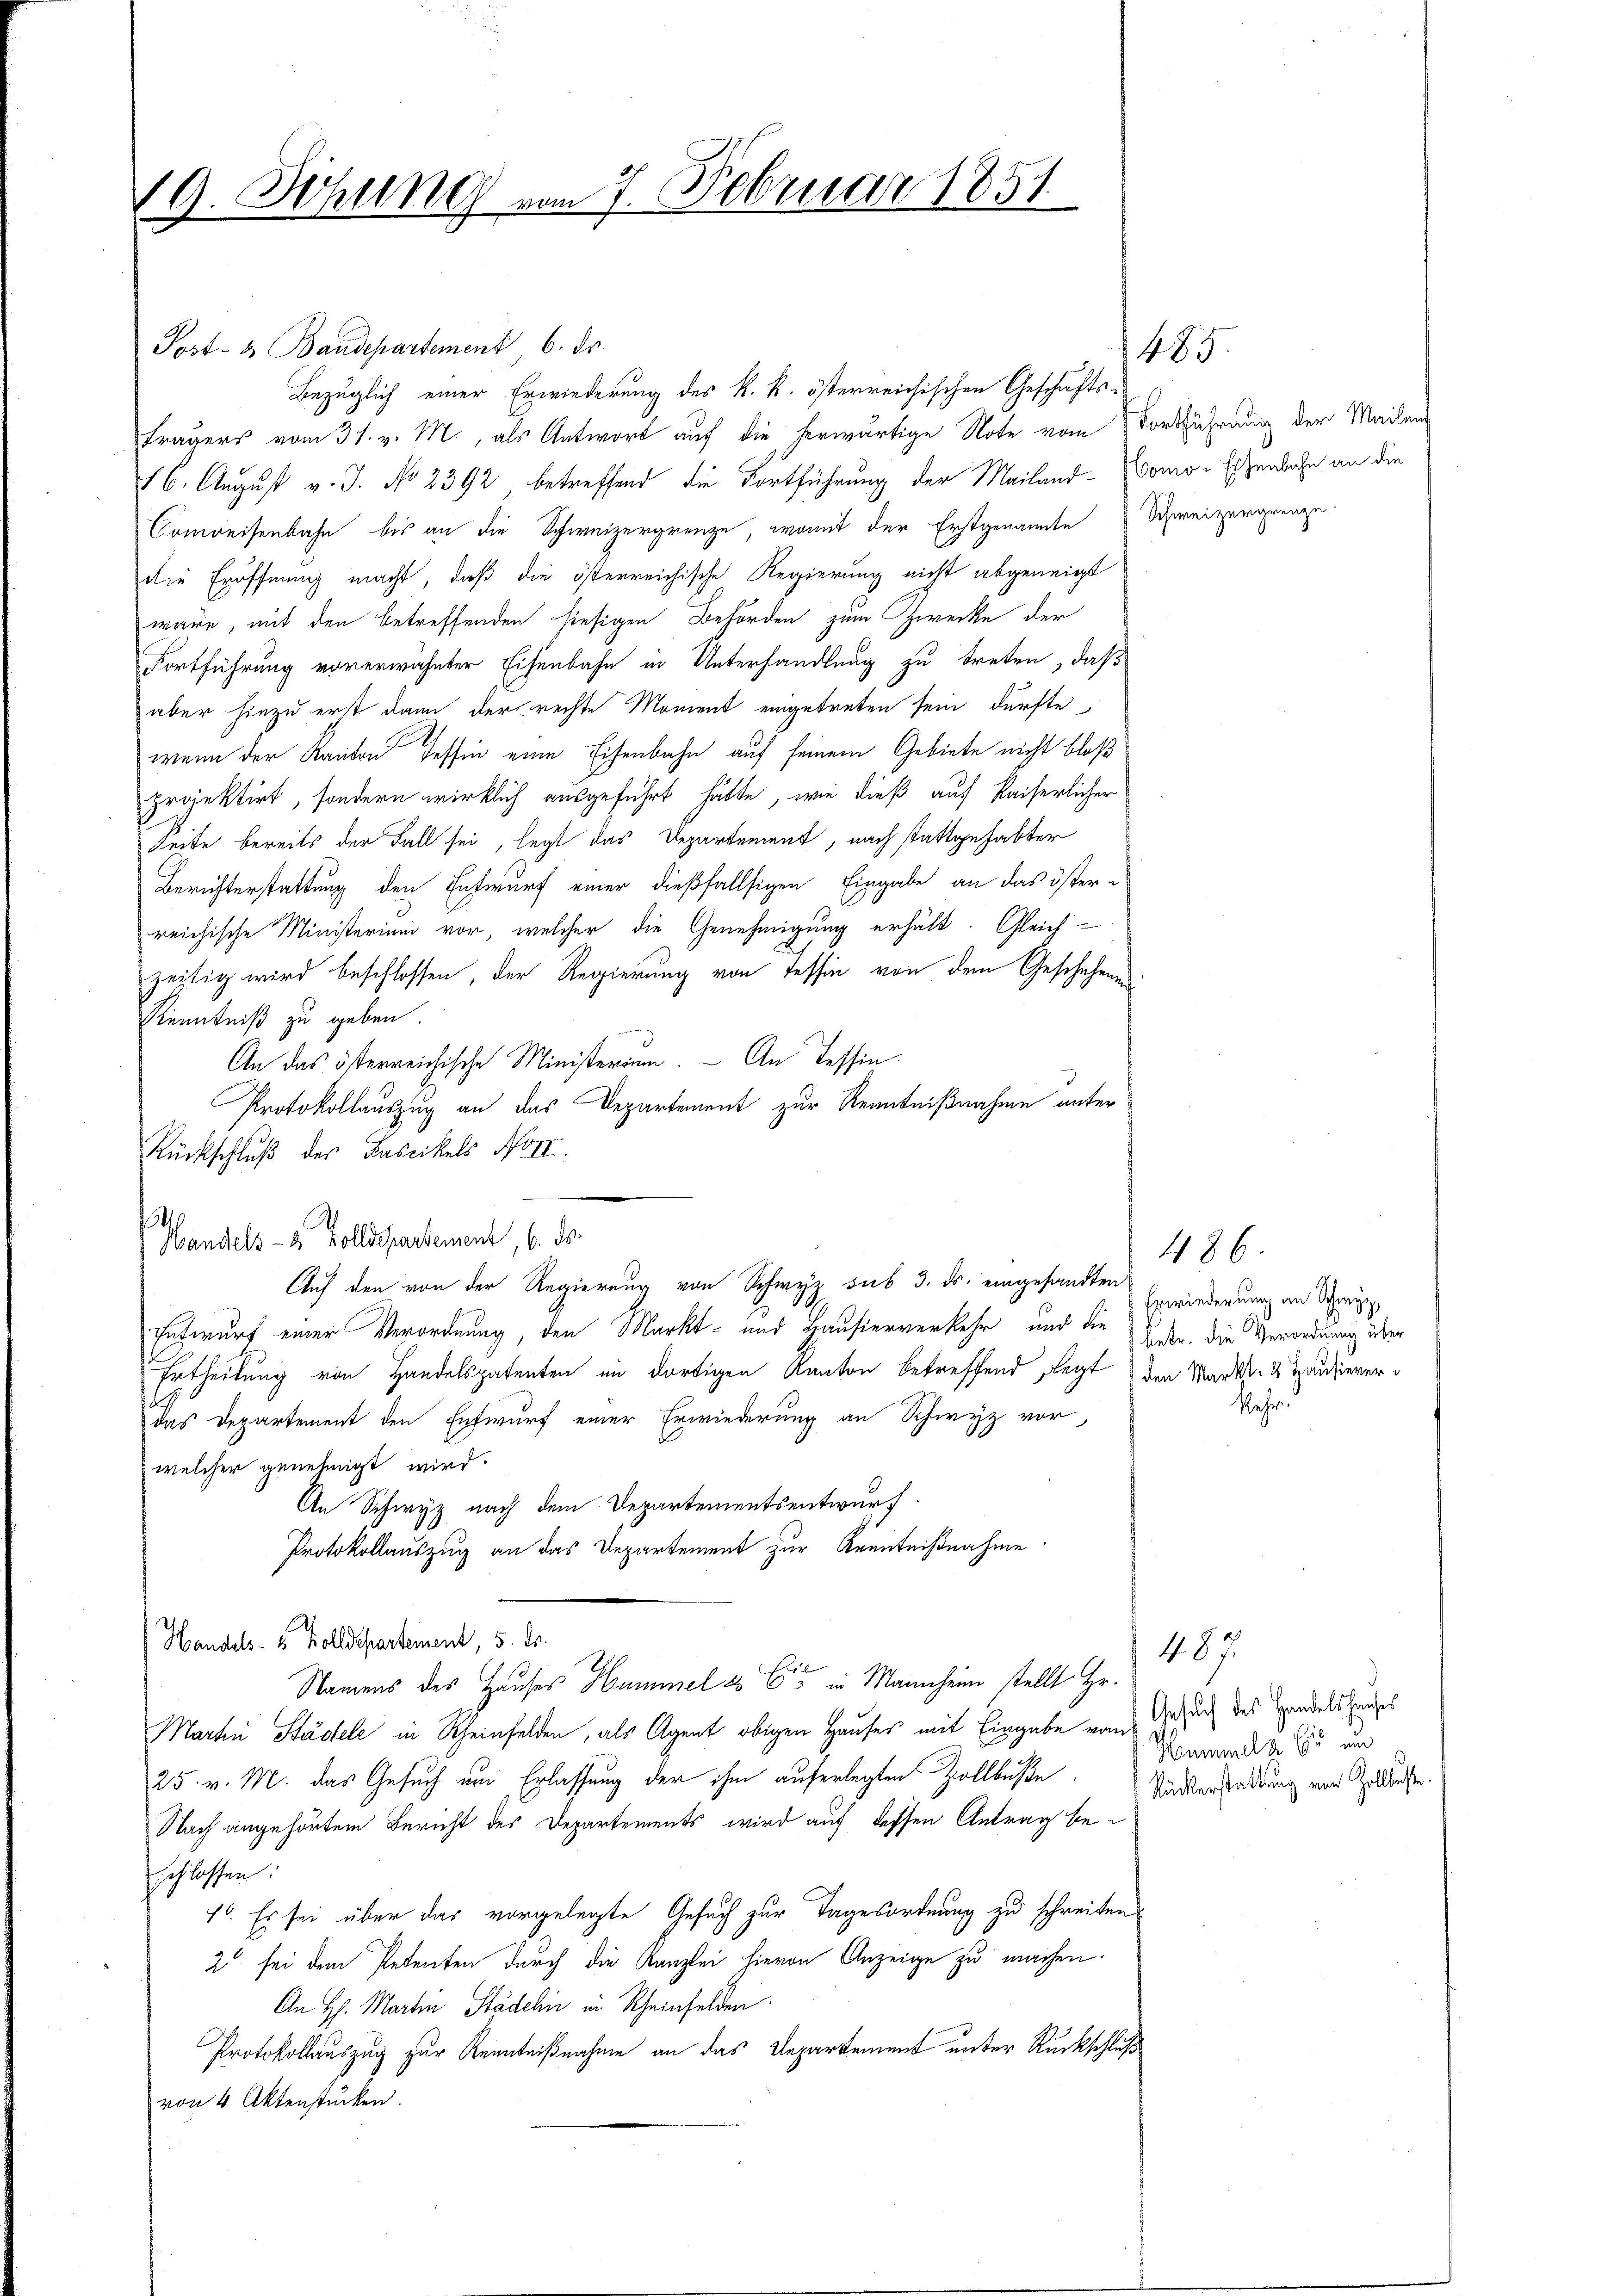
19. Sitzung vom 7. Februar 1851

Post- & Baudepartement 6. ds.
Bezüglich einer Erwiederung des k. k. österreichischen Geschäfts-
fragers vom 31. v. M., als Antwort auf die herwärtige Note vom Dortführung der Meilen
16. August v. J. No 2392 betreffend die Fortführung der Mailand-Womo-Eisenbahn an die
Comreisenbahn bis an die Schweizergrenze, womit der Erstgenannte Schweizergrenze
die Eröffnung macht, daß die österreichische Regierung nicht abgeneigt
wäre, mit den betreffenden hiesigen Behörden zum Zwecke der
Fortführung vorerwähnter Eisenbahn in Unterhandlung zu treten, daß
aber hiezu erst dann der rechte Moment eingetreten sein dürfte,
wenn der Kanton Tessin eine Eisenbahn auf seinem Gebiete nicht bloß
projektirt, sondern wirklich ausgeführt hätte, wie dieß auf Kaiserlicher
Zeite bereits der Fall sei, legt das Departement, nach stattgehabter
Berichterstattung den Entwurf einer dießfallsigen Eingabe an das öster-
reichische Ministerium vor, welcher die Genehmigung erhält. Gleich-
zeitig wird beschlossen, der Regierung von Tessin von dem Geschehenen
Kenntniß zu geben.
An das österreichische Ministerium. — An Tessin.
Protokollauszug an das Departement zur Kenntnißnahme unter
Rückschluß des Fascikels No II.
.
) Wandels- 2 Zolldepartement, 6. ds.
Auf den von der Regierung von Schwyz sub 3. ds. eingesandten
Entwurf einer Verordnung, den Markt- und Hausierverkehr und die Faste, die Verordnung über
Ertheilung von Handelspatenten im dortigen Kanton betreffend, legt den Markt- & Trausierer
das Departement den Entwurf einer Erwiederung an Schwyz vor,
welcher genehmigt wird.
An Schwyz nach dem Departementsentwurf.
Protokollauszug an das Departement zur Kenntnißnahme
Handels- 5 Zolldepartement, 5. ds.
Namens des Hauses Hummel & Cie in Mannheim stellt Hr.
Martin Städtele in Rheinfelden, als Agent obigen Hauses mit Eingabe von Gesuch des Handelshauses
25. v. M. das Gesuch um Erlassung der ihm auferlegten Zollbuße
Nach angehörtem Bericht des Departements wird auf dessen Antrag beschlossen:
1. Es sei über das vorgelegte Gesuch zur Tagesordnung zu schreiten
2 sei dem Petenten durch die Kanzlei hievon Anzeige zu machen.
An H. Martin Städeln in Rheinfelden.
Protokollauszug zur Kenntnißnahme an das Departement unter Rückschluß
von 4 Aktenstücken.

485.

486.
Erwiederung an Schwyz,

Kehr

487.
Hummelk 65 und
Rückerstattung von Zollbeste.